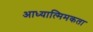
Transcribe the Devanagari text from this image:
आध्यात्मिमकता